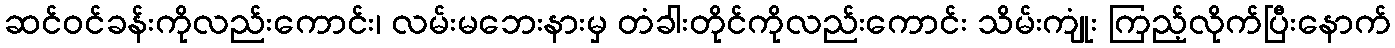
ဆင်ဝင်ခန်းကိုလည်းကောင်း၊ လမ်းမဘေးနားမှ တံခါးတိုင်ကိုလည်းကောင်း သိမ်းကျုံး ကြည့်လိုက်ပြီးနောက်